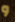
و